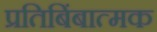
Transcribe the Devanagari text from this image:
प्रतिबिंबात्मक